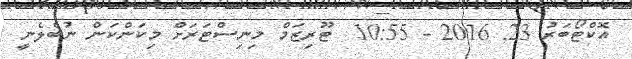
އޮކްޓޯބަރު 23